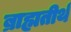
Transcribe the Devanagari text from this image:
ब्राह्मतीर्थ